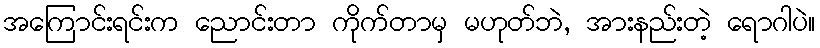
အကြောင်းရင်းက ညောင်းတာ ကိုက်တာမှ မဟုတ်ဘဲ, အားနည်းတဲ့ ရောဂါပဲ။